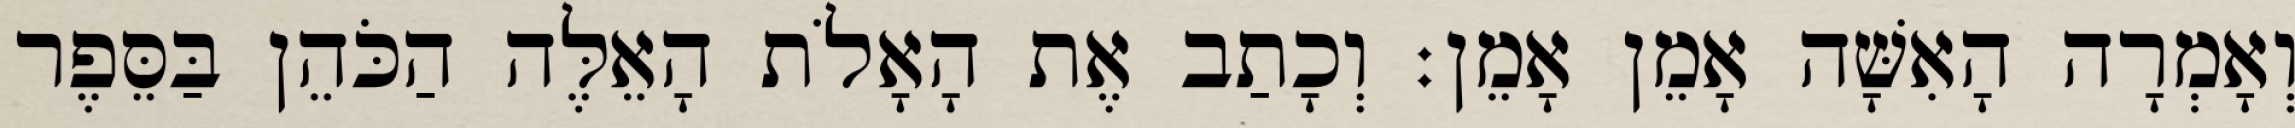
וְאָמְרָה הָאִשָּׁה אָמֵן אָמֵן׃ וְכָתַב אֶת הָאָלֹת הָאֵלֶּה הַכֹּהֵן בַּסֵּפֶר